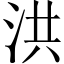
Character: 洪